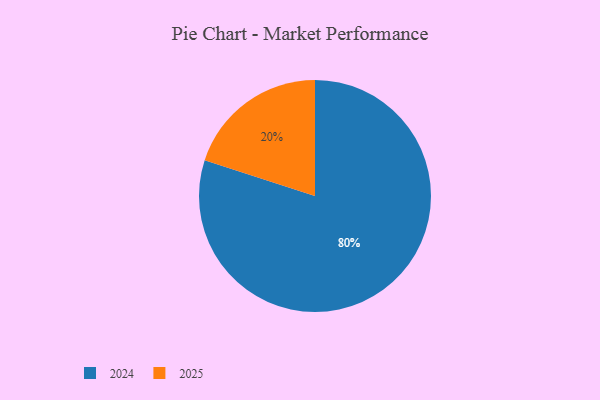
{"axis": {"x": "Category", "y": "Percentage"}, "legend": ["2024", "2025"], "data": [{"x": "2024", "y": 80, "type": "2024"}, {"x": "2025", "y": 20, "type": "2025"}]}